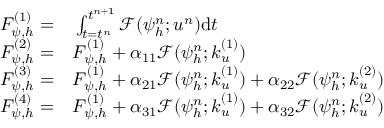
\begin{array} { r l } { F _ { \psi , h } ^ { ( 1 ) } = } & { { } \int _ { t = t ^ { n } } ^ { t ^ { n + 1 } } \mathcal { F } ( { \psi } _ { h } ^ { n } ; \boldsymbol { u } ^ { n } ) \mathrm { d } t } \\ { F _ { \psi , h } ^ { ( 2 ) } = } & { { } F _ { \psi , h } ^ { ( 1 ) } + \alpha _ { 1 1 } \mathcal { F } ( { \psi } _ { h } ^ { n } ; \boldsymbol { k } _ { u } ^ { ( 1 ) } ) } \\ { F _ { \psi , h } ^ { ( 3 ) } = } & { { } F _ { \psi , h } ^ { ( 1 ) } + \alpha _ { 2 1 } \mathcal { F } ( { \psi } _ { h } ^ { n } ; \boldsymbol { k } _ { u } ^ { ( 1 ) } ) + \alpha _ { 2 2 } \mathcal { F } ( { \psi } _ { h } ^ { n } ; \boldsymbol { k } _ { u } ^ { ( 2 ) } ) } \\ { F _ { \psi , h } ^ { ( 4 ) } = } & { { } F _ { \psi , h } ^ { ( 1 ) } + \alpha _ { 3 1 } \mathcal { F } ( { \psi } _ { h } ^ { n } ; \boldsymbol { k } _ { u } ^ { ( 1 ) } ) + \alpha _ { 3 2 } \mathcal { F } ( { \psi } _ { h } ^ { n } ; \boldsymbol { k } _ { u } ^ { ( 2 ) } ) } \end{array}